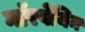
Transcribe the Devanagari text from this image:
नाॅरवेयिन